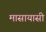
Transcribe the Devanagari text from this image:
मासायासी